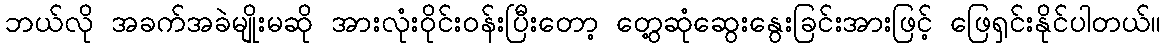
ဘယ်လို အခက်အခဲမျိုးမဆို အားလုံးဝိုင်းဝန်းပြီးတော့ တွေ့ဆုံဆွေးနွေးခြင်းအားဖြင့် ဖြေရှင်းနိုင်ပါတယ်။